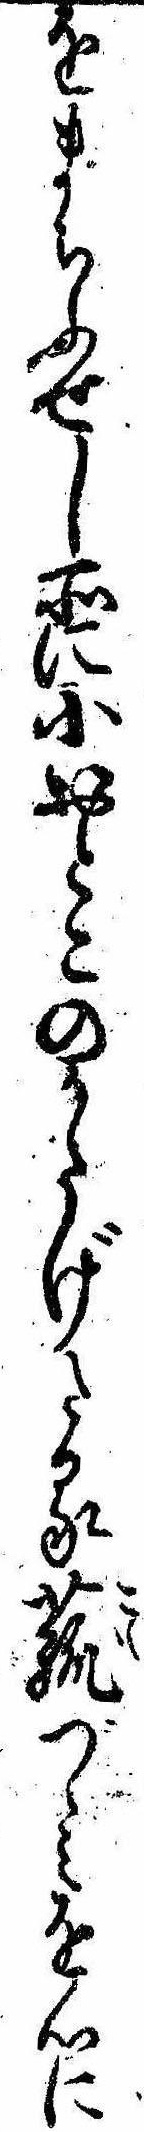
をまちふせし所に小おとこのかたげたる菰づゝみを心に